Civil Veterinary Dept. Bombay admin report 1914-1922 - 1914-1922
Year: 1914
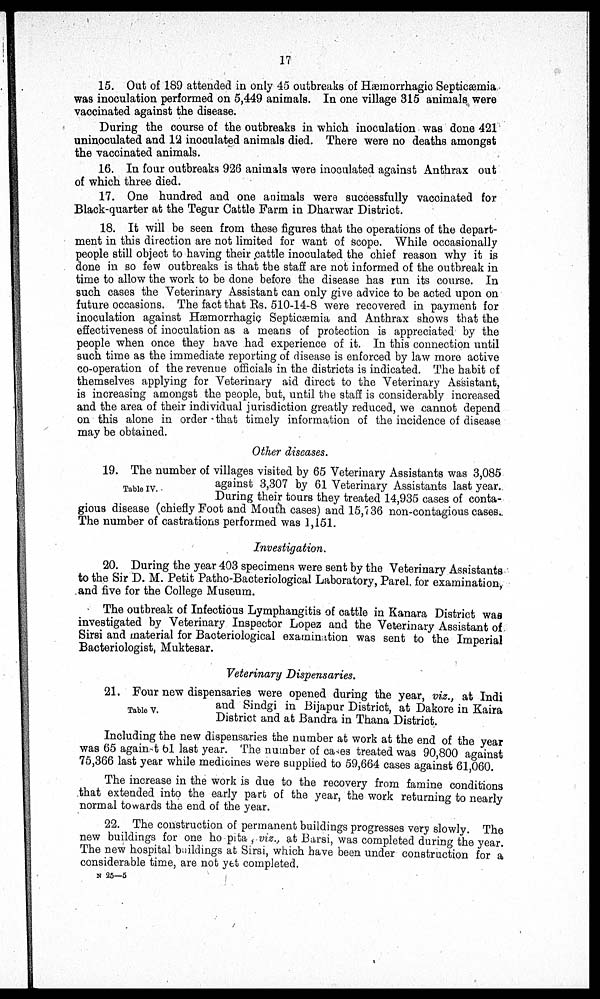
17
15. Out of 189 attended in only 45 outbreaks of Hæmorrhagic Septicæmia
was inoculation performed on 5,449 animals. In one village 315 animals were
vaccinated against the disease.
During the course of the outbreaks in which inoculation was done 421
uninoculated and 12 inoculated animals died. There were no deaths amongst
the vaccinated animals.
16. In four outbreaks 926 animals were inoculated against Anthrax out
of which three died.
17. One hundred and one animals were successfully vaccinated for
Black-quarter at the Tegur Cattle Farm in Dharwar District.
18. It will be seen from these figures that the operations of the depart-
ment in this direction are not limited for want of scope. While occasionally
people still object to having their cattle inoculated the chief reason why it is
done in so few outbreaks is that the staff are not informed of the outbreak in
time to allow the work to be done before the disease has run its course. In
such cases the Veterinary Assistant can only give advice to be acted upon on
future occasions. The fact that Rs. 510-14-8 were recovered in payment for
inoculation against Hæmorrhagic Septicæmia and Anthrax shows that the
effectiveness of inoculation as a means of protection is appreciated by the
people when once they have had experience of it. In this connection until
such time as the immediate reporting of disease is enforced by law more active
co-operation of the revenue officials in the districts is indicated. The habit of
themselves applying for Veterinary aid direct to the Veterinary Assistant,
is increasing amongst the people, but, until the staff is considerably increased
and the area of their individual jurisdiction greatly reduced, we cannot depend
on this alone in order that timely information of the incidence of disease
may be obtained.
Other diseases.
Table IV.
19. The number of villages visited by 65 Veterinary Assistants was 3,085
against 3,307 by 61 Veterinary Assistants last year.
During their tours they treated 14,935 cases of conta-
gious disease (chiefly Foot and Mouth cases) and 15,736 non-contagious cases.
The number of castrations performed was 1,151.
Investigation.
20. During the year 403 specimens were sent by the Veterinary Assistants
to the Sir D. M. Petit Patho-Bacteriological Laboratory, Parel, for examination,
and five for the College Museum.
The outbreak of Infectious Lymphangitis of cattle in Kanara District was
investigated by Veterinary Inspector Lopez and the Veterinary Assistant of
Sirsi and material for Bacteriological examination was sent to the Imperial
Bacteriologist, Muktesar.
Veterinary Dispensaries.
Table V.
21. Four new dispensaries were opened during the year, viz., at Indi
and Sindgi in Bijapur District, at Dakore in Kaira
District and at Bandra in Thana District.
Including the new dispensaries the number at work at the end of the year
was 65 against 61 last year. The number of cases treated was 90,800 against
75,366 last year while medicines were supplied to 59,664 cases against 61,060.
The increase in the work is due to the recovery from famine conditions
that extended into the early part of the year, the work returning to nearly
normal towards the end of the year.
22. The construction of permanent buildings progresses very slowly. The
new buildings for one ho pita, viz., at Barsi, was completed during the year.
The new hospital buildings at Sirsi, which have been under construction for a
considerable time, are not yet completed.
N 25—5